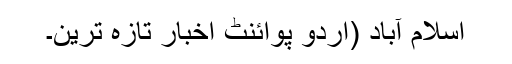
اسلام آباد (اُردو پوائنٹ اخبار تازہ ترین۔